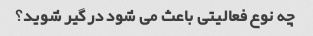
چه نوع فعالیتی باعث می شود درگیر شوید؟